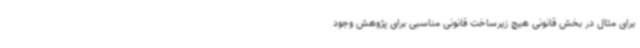
برای مثال در بخش قانونی هیچ زیرساخت قانونی مناسبی برای پژوهش وجود